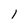
Character: l